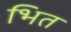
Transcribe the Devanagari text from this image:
भित